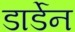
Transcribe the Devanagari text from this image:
डार्डेन